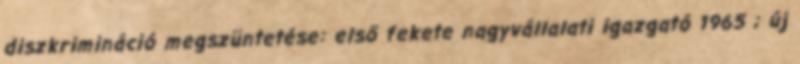
diszkrimináció megszüntetése: első fekete nagyvállalati igazgató 1965 ; új